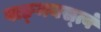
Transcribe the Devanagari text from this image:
वाङ्‌मयस्त्वं